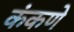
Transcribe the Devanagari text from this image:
कंकणे